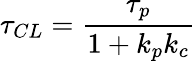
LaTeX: \tau_{CL}={\frac{\tau_{p}}{1+k_{p}k_{c}}}